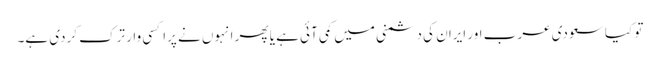
تو کیا سعودی عرب اور ایران کی دشمنی میں کمی آئی ہے یا پھر انہوں نے پراکسی وار ترک کردی ہے۔